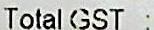
TOTAL GST :